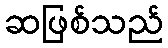
ဆဖြစ်သည်